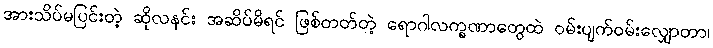
အားသိပ်မပြင်းတဲ့ ဆိုလနင်း အဆိပ်မိရင် ဖြစ်တတ်တဲ့ ရောဂါလက္ခဏာတွေထဲ ဝမ်းပျက်ဝမ်းလျှောတာ၊